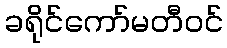
ခရိုင်ကော်မတီဝင်